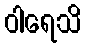
ဝါရေသိ